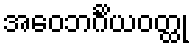
အဝေဘင်္ဂိယဝတ္ထု